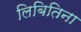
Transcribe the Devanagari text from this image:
लिबितिना